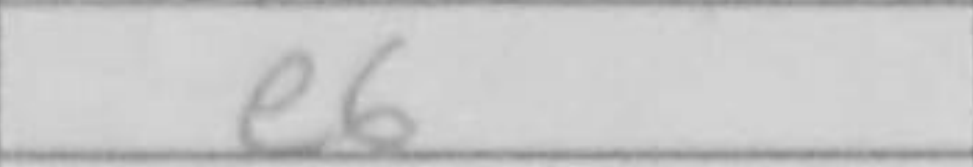
Transcription: e6